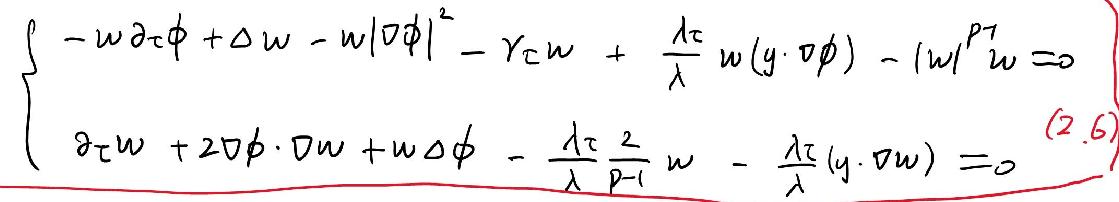
\[
\left\{
\begin{array}{l}
 - w\partial_{\tau}\phi+\Delta w - w|\nabla\phi|^{2}-\gamma_{\tau}w+\frac{\lambda_{\tau}}{\lambda}w(y\cdot\nabla\phi)-|w|^{p - 1}w = 0\\
\partial_{\tau}w + 2\nabla\phi\cdot\nabla w+w\Delta\phi-\frac{\lambda_{\tau}^{2}}{\lambda^{p - 1}}w-\frac{\lambda_{\tau}}{\lambda}(y\cdot\nabla w)=0
\end{array}
\right.
\]
(2.6)